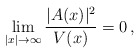
\begin{align*}\lim_{|x|\to \infty}\frac{|A(x)|^2}{V(x)}=0\,,\end{align*}